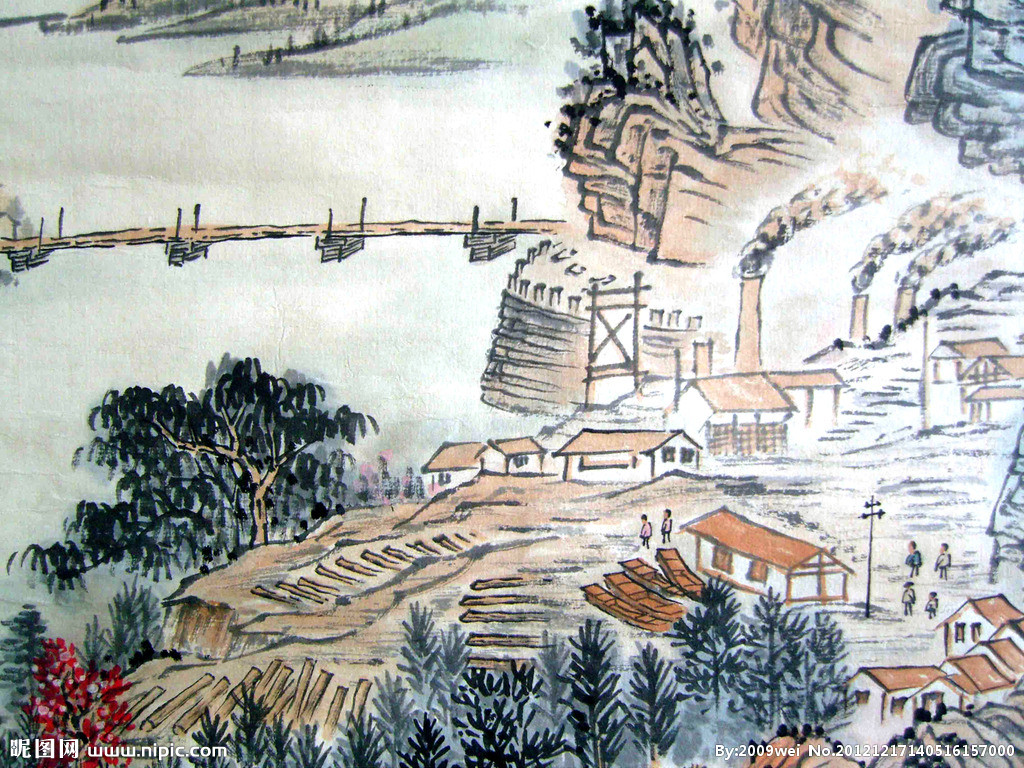
天秋日正中，水碧无尘埃。